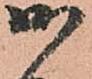
御